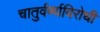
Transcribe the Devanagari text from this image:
चातुर्वर्ण्यविरोधी